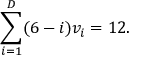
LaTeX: \sum _ { i = 1 } ^ { D } ( 6 - i ) v _ { i } = 1 2 .